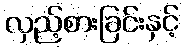
လှည့်စားခြင်းနှင့်